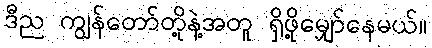
ဒီည ကျွန်တော်တို့နဲ့အတူ ရှိဖို့မျှော်နေမယ်။